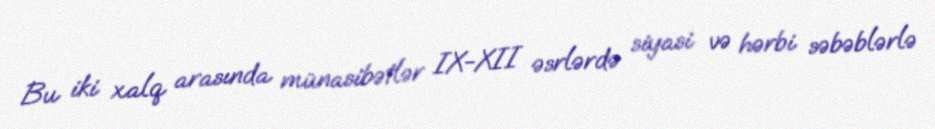
Bu iki xalq arasında münasibətlər IX-XII əsrlərdə siyasi və hərbi səbəblərlə